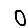
Digit: 0